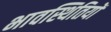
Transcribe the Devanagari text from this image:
भावस्थितियों